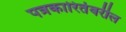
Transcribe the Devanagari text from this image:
पत्रकारितेवरील